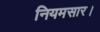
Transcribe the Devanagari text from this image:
नियमसार।